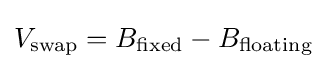
V_{\mathrm {swap} }=B_{\mathrm {fixed} }-B_{\mathrm {floating} }